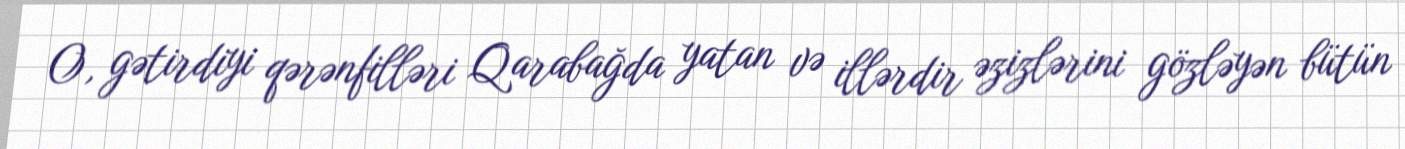
O, gətirdiyi qərənfilləri Qarabağda yatan və illərdir əzizlərini gözləyən bütün